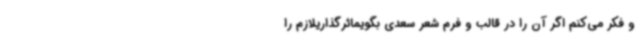
و فکر می‌کنم اگر آن را در قالب و فرم شعر سعدی بگویماثرگذاریلازم را